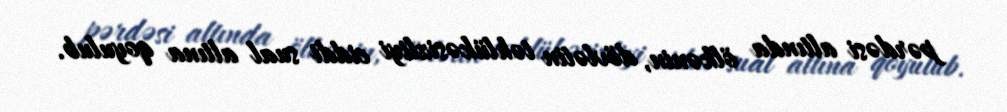
pərdəsi altında ölkənin, dövlətin təhlükəsizliyi ciddi sual altına qoyulub.